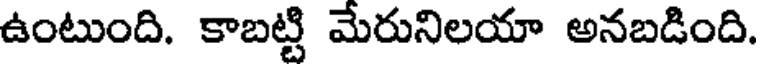
ఉంటుంది. కాబట్టి మేరునిలయా అనబడింది.